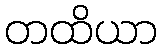
တထိယာ